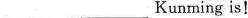
___ ___Kunming is!